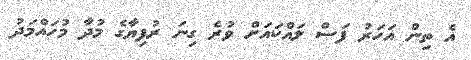
އެ ތިން އަހަރު ފަސް ލައްކައަށް ވުރެ ގިނަ ރުފިޔާގެ މުދާ މުހައްމަދު